65_HS1-834228961_62-HQ-83894_Section_9
Agency: FBI
Page 103
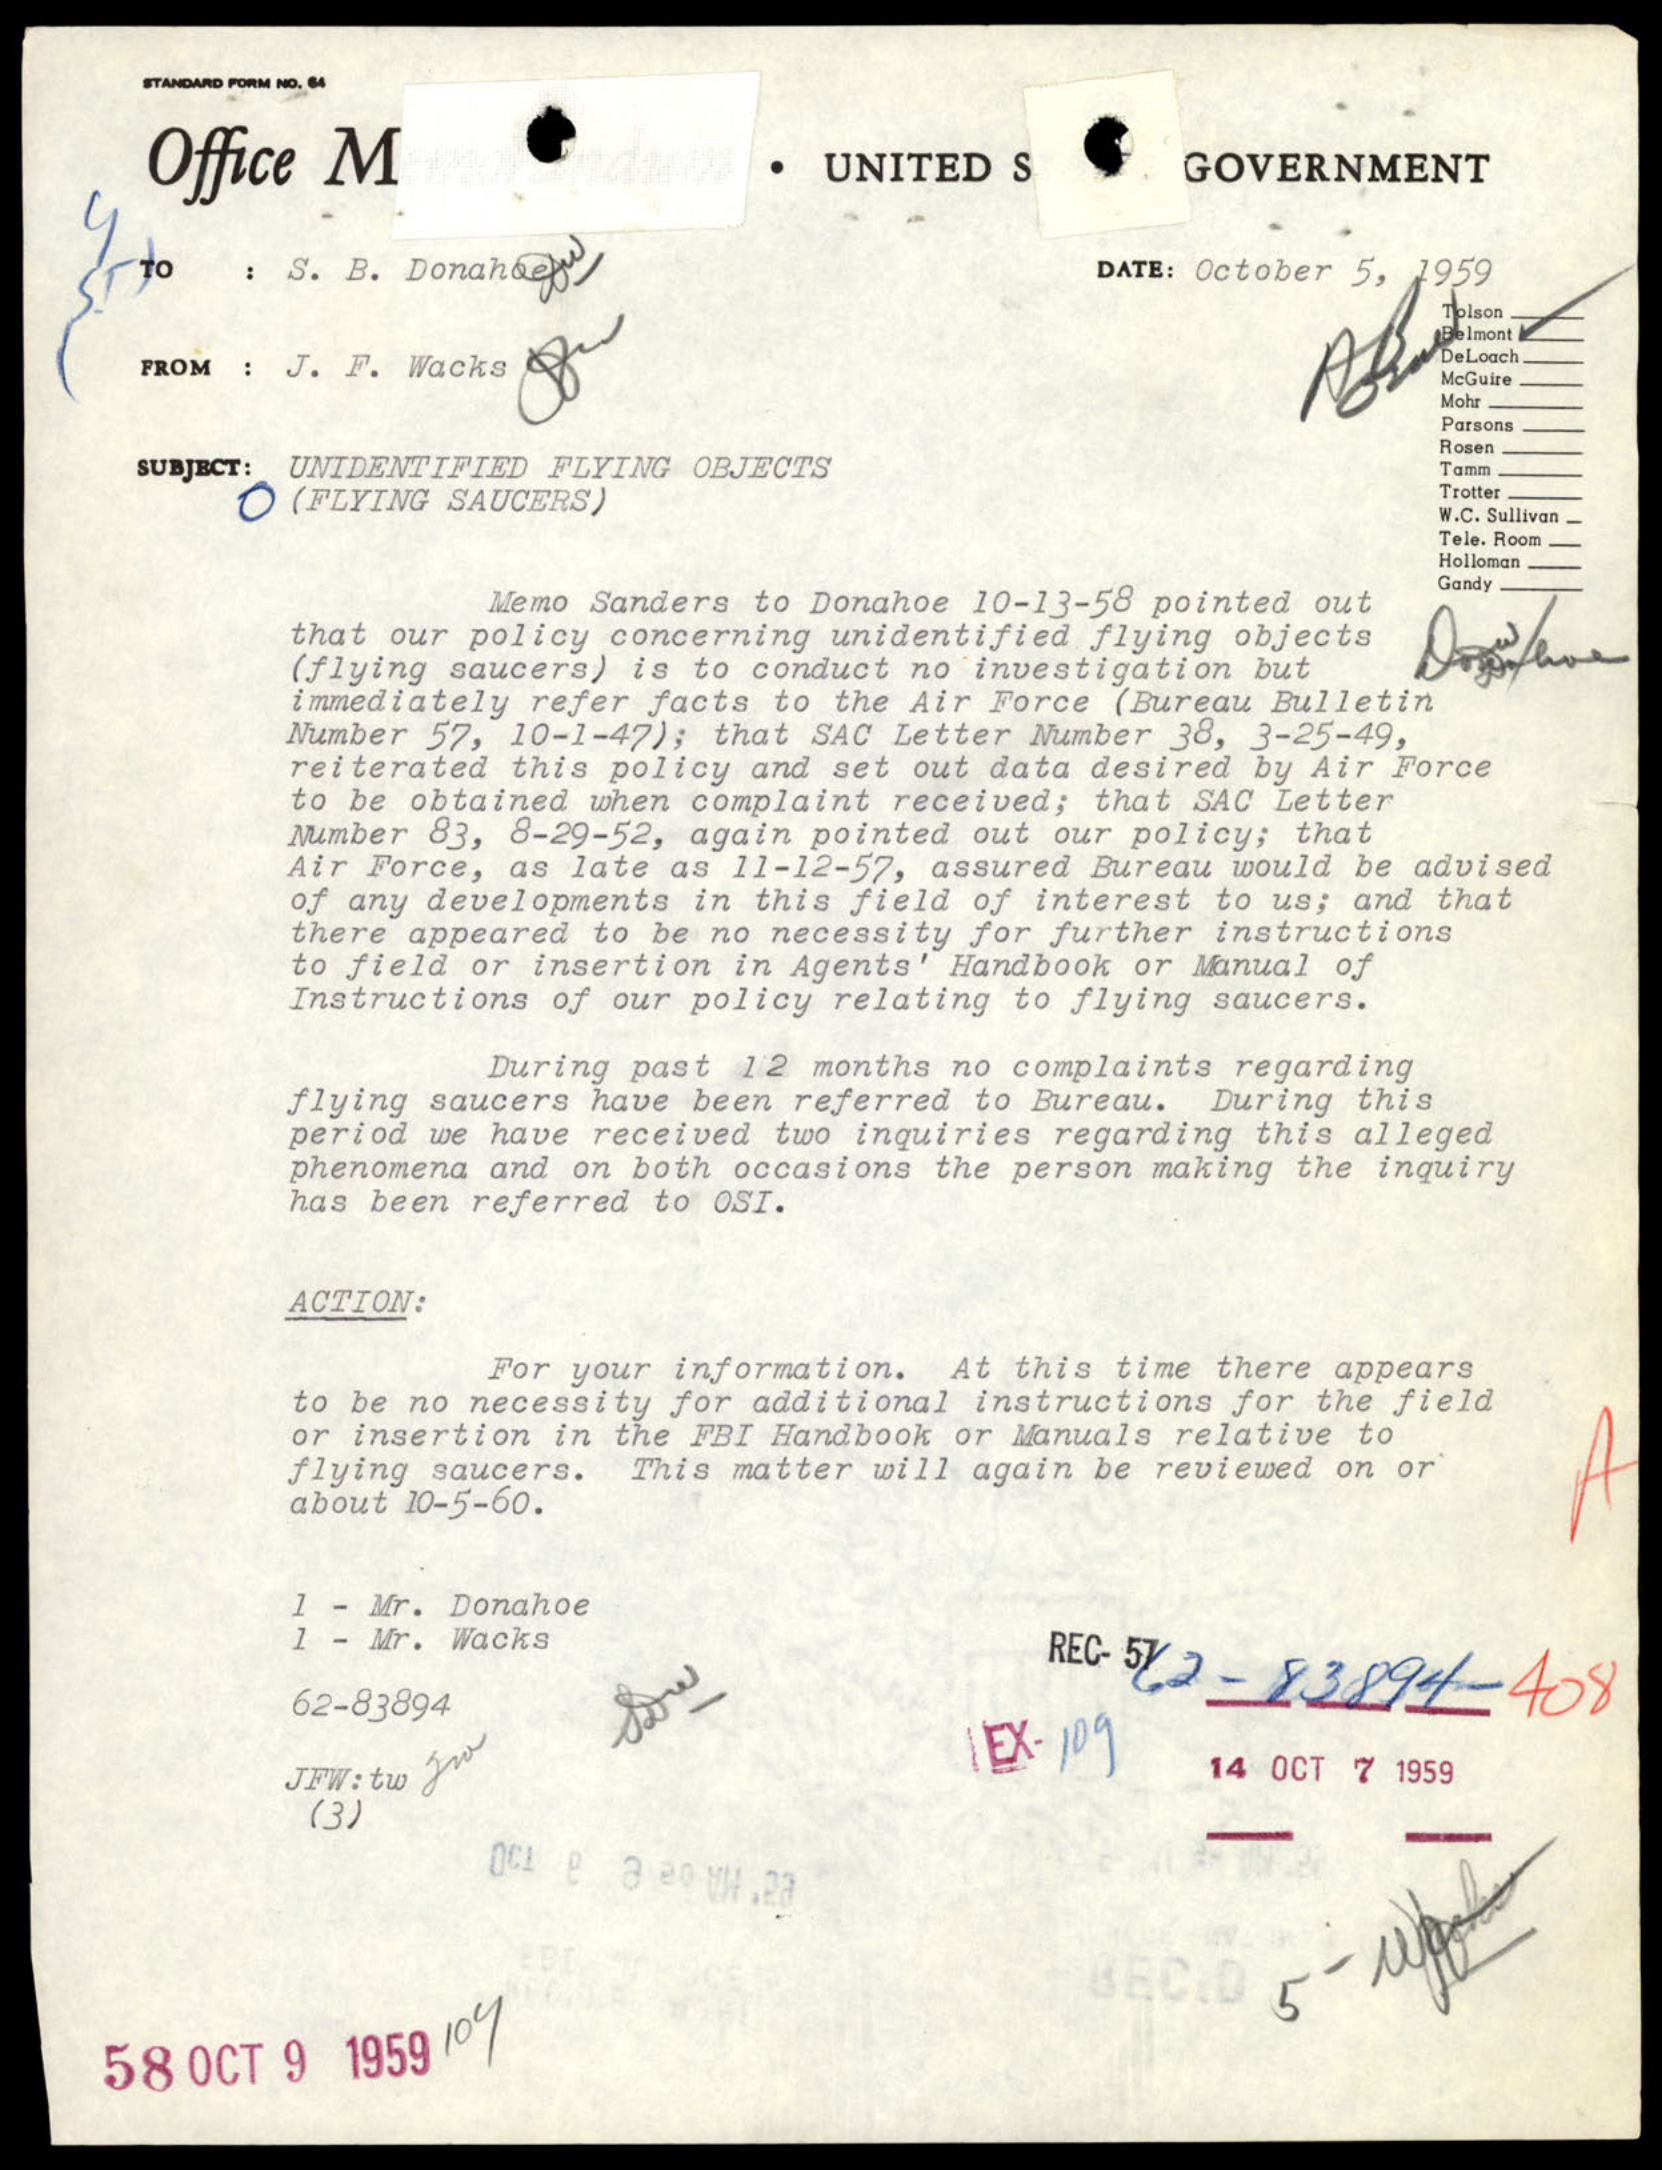